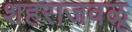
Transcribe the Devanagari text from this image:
शहराजवळू